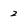
Character: 2